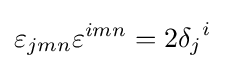
\varepsilon _{jmn}\varepsilon ^{imn}=2{\delta _{j}}^{i}